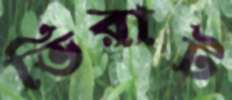
ভিরাট